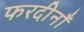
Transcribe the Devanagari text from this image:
फरदीनाँ